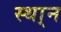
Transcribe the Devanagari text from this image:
स्था्न